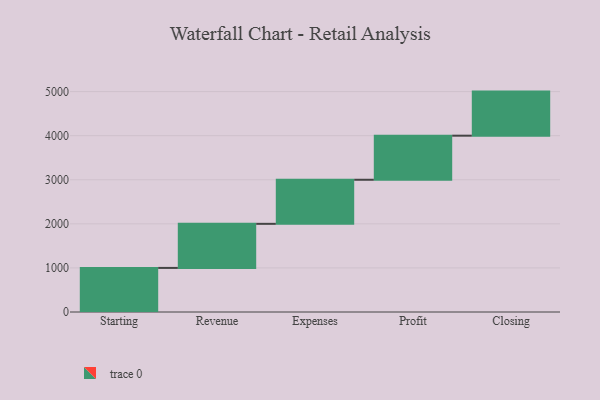
{"axis": {"x": "Step", "y": "Value"}, "legend": [""], "data": [{"x": "Starting", "y": 1000, "type": ""}, {"x": "Revenue", "y": 1000, "type": ""}, {"x": "Expenses", "y": 1000, "type": ""}, {"x": "Profit", "y": 1000, "type": ""}, {"x": "Closing", "y": 1000, "type": ""}]}